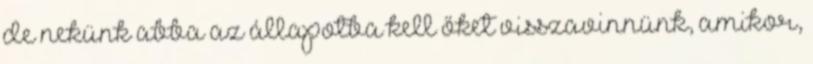
de nekünk abba az állapotba kell őket visszavinnünk, amikor,